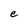
Character: e